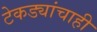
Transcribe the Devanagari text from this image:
टेकड्यांचाही